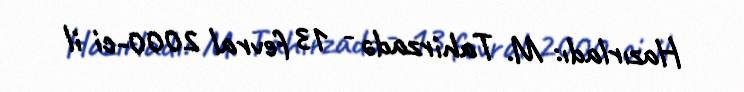
Hazırladı: M. Tahirzadə - 13 fevral 2000-ci il